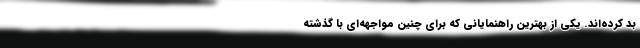
بد کرده‌اند. یکی از بهترین راهنمایانی که برای چنین مواجهه‌ای با گذشته